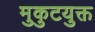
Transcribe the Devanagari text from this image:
मुकुटयुक्त